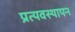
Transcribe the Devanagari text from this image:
प्रत्यवस्थापन